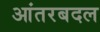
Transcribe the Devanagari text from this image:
आंतरबदल